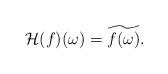
LaTeX: \begin{align*}\mathcal{H}(f)(\omega)=\widetilde{f(\omega)}.\end{align*}